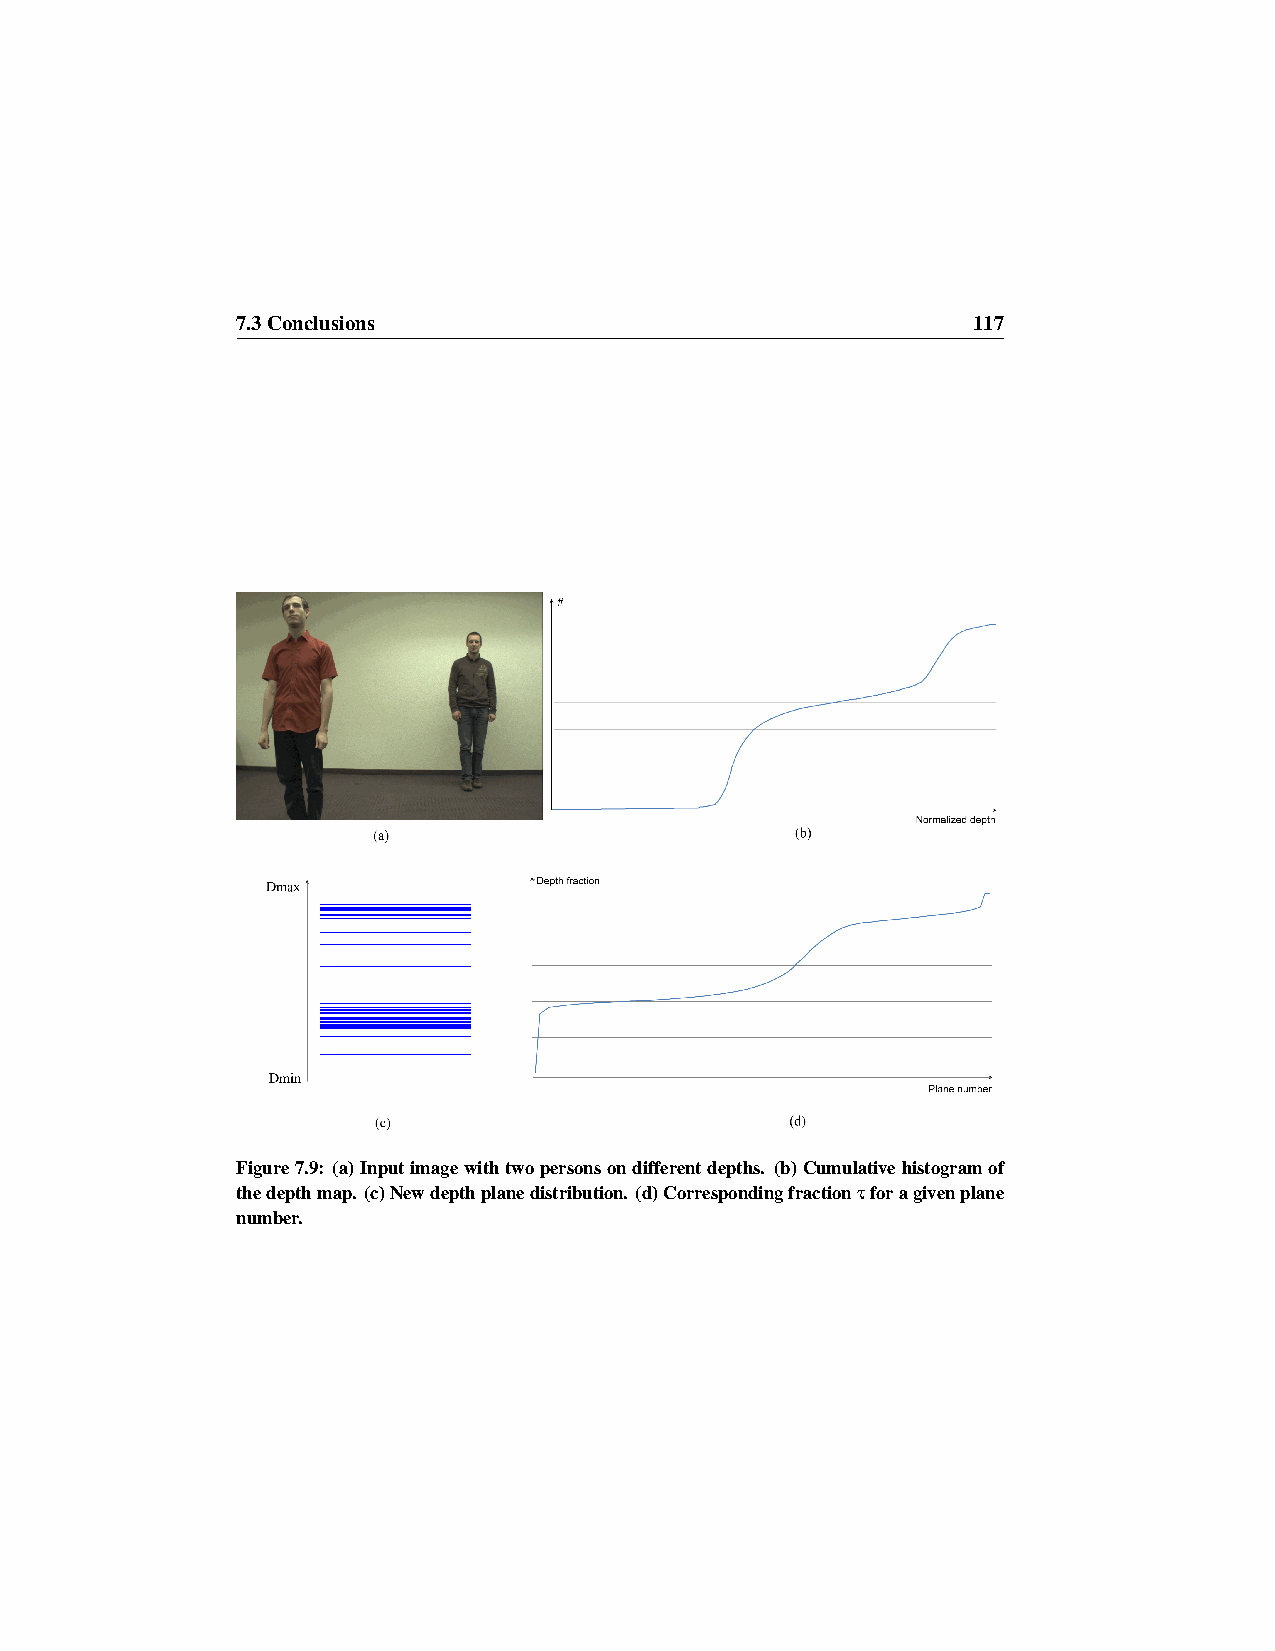
7.3Conclusions                                  117
 Figure7.9: (a)Inputimagewithtwopersonsondifferentdepths. (b)Cumulativehistogramof
 thedepthmap. (c)Newdepthplanedistribution. (d)Correspondingfractionτforagivenplane
 number.